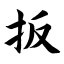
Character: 扳